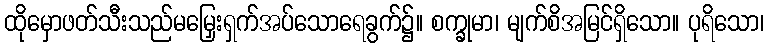
ထိုမှောဖတ်သီးသည်မမြှေးရှက်အပ်သောရေခွက်၌။ စက္ခုမာ၊ မျက်စိအမြင်ရှိသော။ ပုရိသော၊